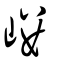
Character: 嵝